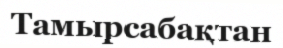
Тамырсабақтан